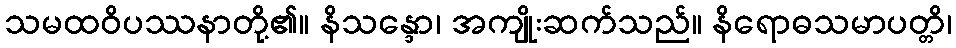
သမထဝိပဿနာတို့၏။ နိသန္ဒော၊ အကျိုးဆက်သည်။ နိရောဓသမာပတ္တိ၊